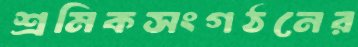
শ্রমিকসংগঠনের